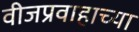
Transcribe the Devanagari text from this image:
वीजप्रवाहाच्या